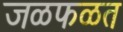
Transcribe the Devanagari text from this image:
जळफळत